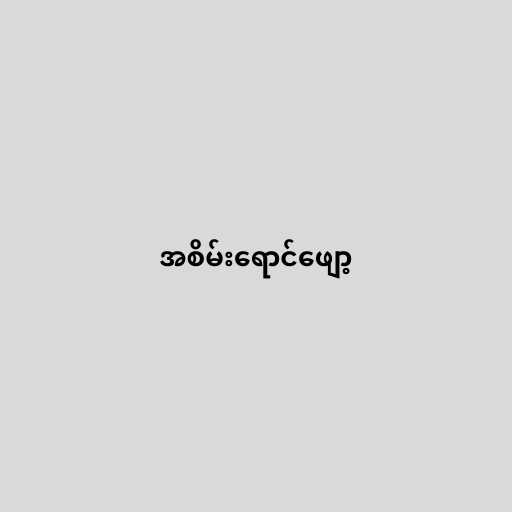
အစိမ်းရောင်ဖျော့